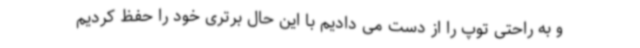
و به راحتی توپ را از دست می دادیم با این حال برتری خود را حفظ کردیم